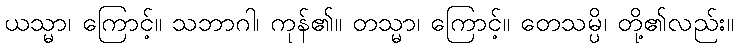
ယသ္မာ၊ ကြောင့်။ သဘာဂါ၊ ကုန်၏။ တသ္မာ၊ ကြောင့်။ တေသမ္ပိ၊ တို့၏လည်း။